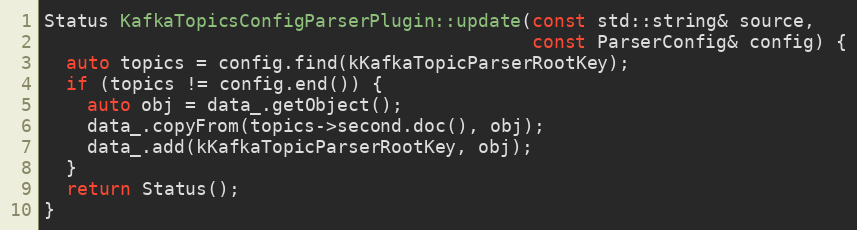
Language: C++
Status KafkaTopicsConfigParserPlugin::update(const std::string& source,
                                             const ParserConfig& config) {
  auto topics = config.find(kKafkaTopicParserRootKey);
  if (topics != config.end()) {
    auto obj = data_.getObject();
    data_.copyFrom(topics->second.doc(), obj);
    data_.add(kKafkaTopicParserRootKey, obj);
  }
  return Status();
}